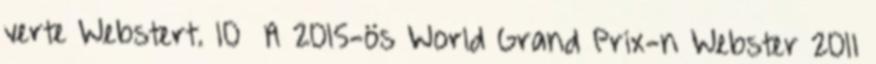
verte Webstert. 10 A 2015-ös World Grand Prix-n Webster 2011